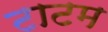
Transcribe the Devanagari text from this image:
टाटम